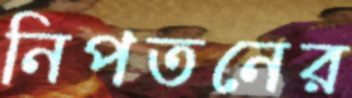
নিপতনের